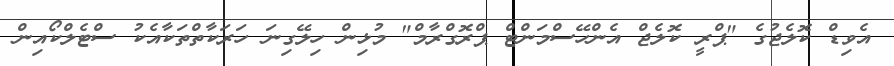
އެވިޑް ކޮލެޖުގެ "ޕްރީ ކޮލެޖް އެންހޭސްމަންޓް ޕްރޮގްރާމް" މުޅިން ހިލޭގިނަ ހަރަކާތްތަކާއެކު ސްޓެލްކޯއިން